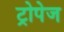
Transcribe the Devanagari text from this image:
ट्रोपेज